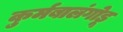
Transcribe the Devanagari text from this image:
कुर्मबालंगोडू